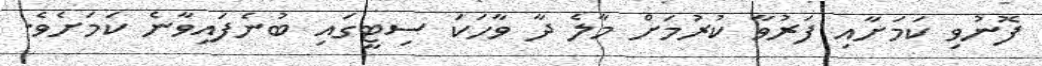
ފޮނުވި ކަމަށާއި ފަރުވާ ކުރުމަށް މާލެ ދާ ވާހަކަ ސިޓީގައި ބުނެފައިވާނެ ކަމަށެވެ.